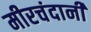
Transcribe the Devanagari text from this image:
मीरचंदानी